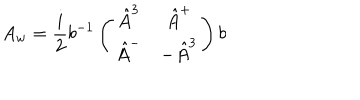
A _ { w } = { \frac { i } { 2 } } b ^ { - 1 } \left( \begin{array} { c c } { { \hat { A } ^ { 3 } } } & { { \hat { A } ^ { + } } } \\ { { \hat { A } ^ { - } } } & { { - \hat { A } ^ { 3 } } } \\ \end{array} \right) b